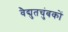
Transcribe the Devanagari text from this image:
वैद्युतचुंबकों